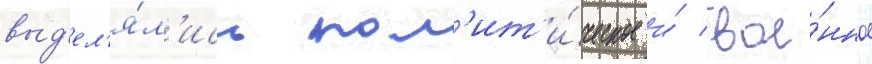
выд'ел'я́л'ись пол'ит'и́ческое и́ вое́нное